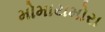
મોમાયમોરા